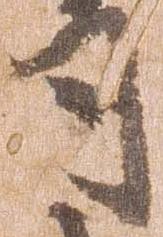
司